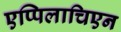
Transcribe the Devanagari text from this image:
एप्पिलाचिएन